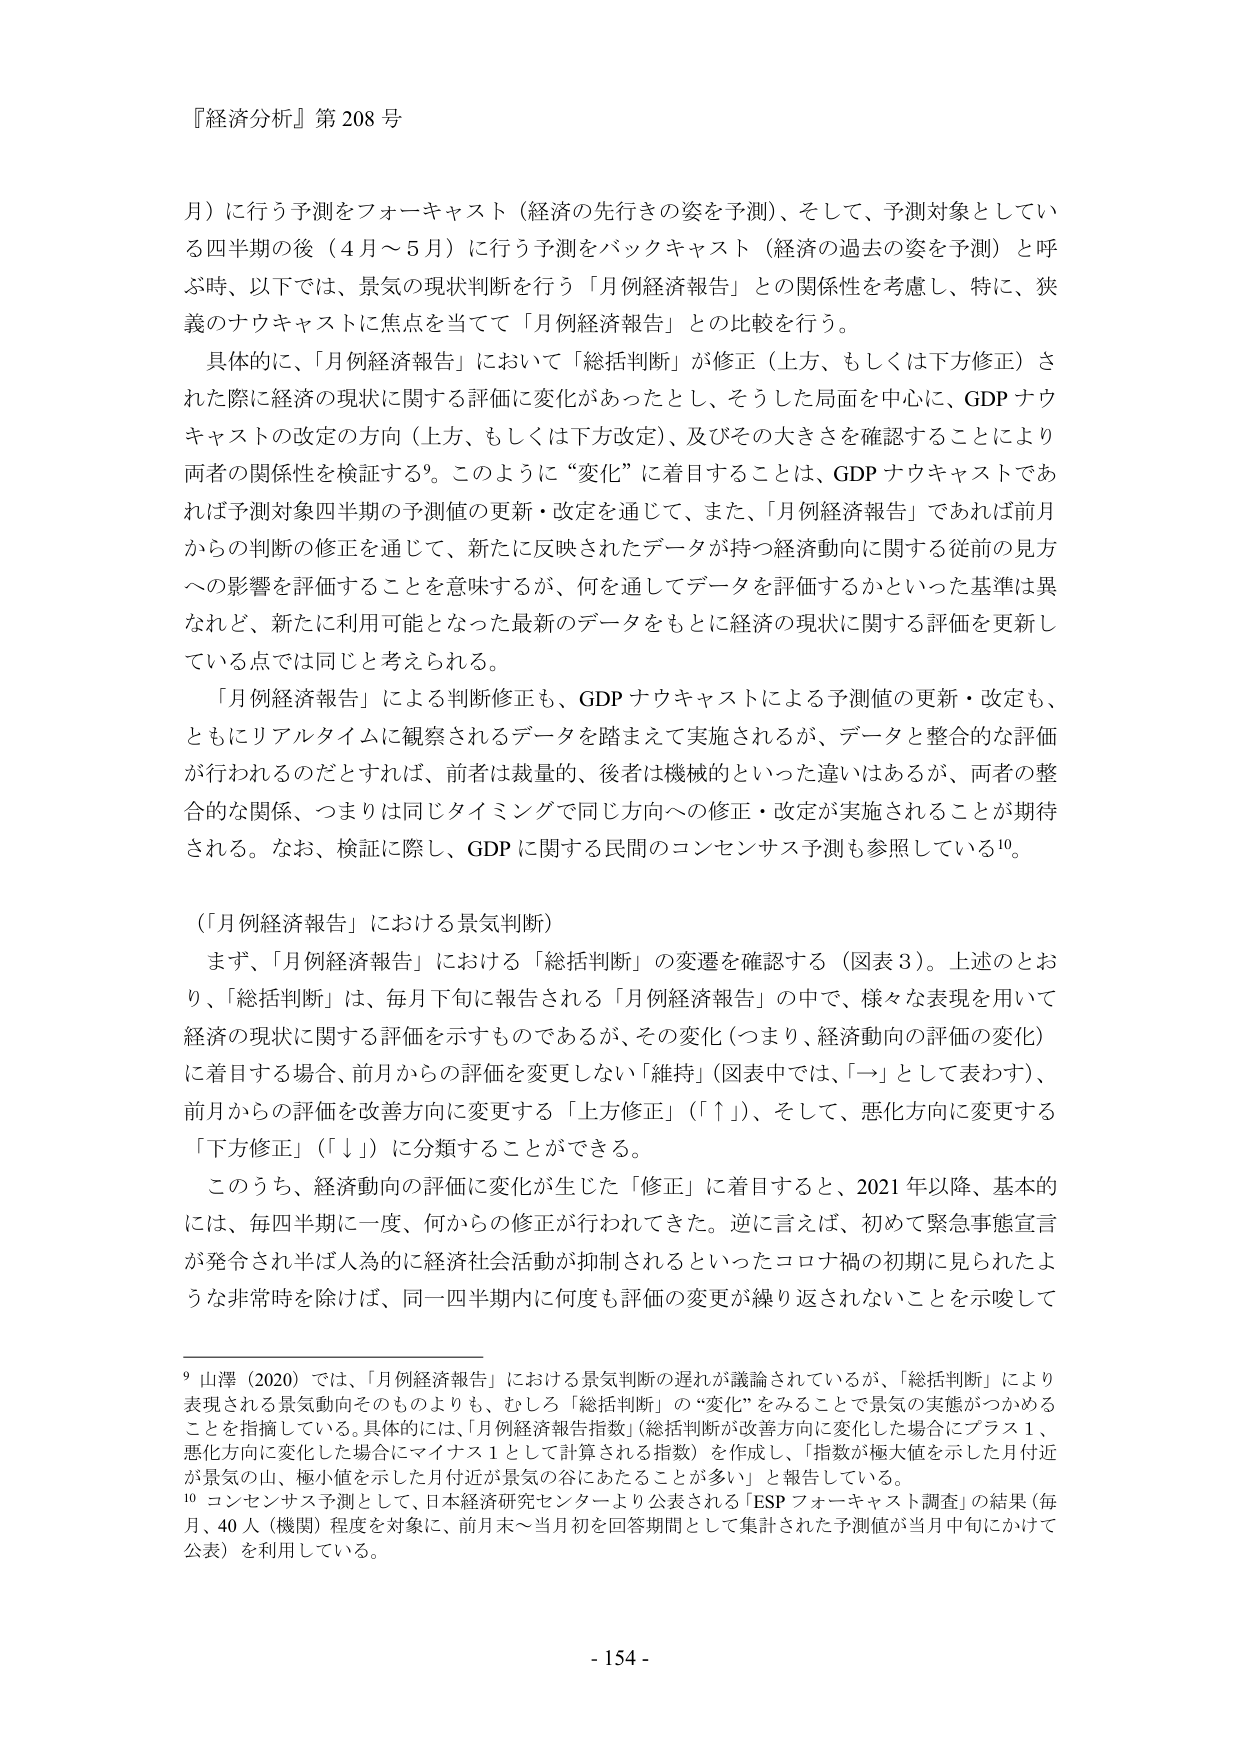
『経済分析』第208号

月）に行う予測をフォーキャスト（経済の先行きの姿を予測）、そして、予測対象としている四半期の後（4月～5月）に行う予測をバックキャスト（経済の過去の姿を予測）と呼ぶ時、以下では、景気の現状判断を行う「月例経済報告」との関係性を考慮し、特に、狭義のナウキャストに焦点を当てて「月例経済報告」との比較を行う。

具体的に、「月例経済報告」において「総括判断」が修正（上方、もしくは下方修正）された際に経済の現状に関する評価に変化があったとし、そうした局面を中心に、GDPナウキャストの改定の方向（上方、もしくは下方改定）、及びその大きさを確認することにより両者の関係性を検証する⁹。このように“変化”に着目することは、GDPナウキャストであれば予測対象四半期の予測値の更新・改定を通じて、また、「月例経済報告」であれば前月からの判断の修正を通じて、新たに反映されたデータが持つ経済動向に関する従前の見方への影響を評価することを意味するが、何を通してデータを評価するかといった基準は異なれど、新たに利用可能となった最新のデータをもとに経済の現状に関する評価を更新している点では同じと考えられる。

「月例経済報告」による判断修正も、GDPナウキャストによる予測値の更新・改定も、ともにリアルタイムに観察されるデータを踏まえて実施されるが、データと整合的な評価が行われるのだとすれば、前者は裁量的、後者は機械的といった違いはあるが、両者の整合的な関係、つまりは同じタイミングで同じ方向への修正・改定が実施されることが期待される。なお、検証に際し、GDPに関する民間のコンセンサス予測も参照している¹⁰。

（「月例経済報告」における景気判断）

まず、「月例経済報告」における「総括判断」の変遷を確認する（図表3）。上述のとおり、「総括判断」は、毎月下旬に報告される「月例経済報告」の中で、様々な表現を用いて経済の現状に関する評価を示すものであるが、その変化（つまり、経済動向の評価の変化）に着目する場合、前月からの評価を変更しない「維持」（図表中では、「→」として表わす）、前月からの評価を改善方向に変更する「上方修正」（「↑」）、そして、悪化方向に変更する「下方修正」（「↓」）に分類することができる。

このうち、経済動向の評価に変化が生じた「修正」に着目すると、2021年以降、基本的には、毎四半期に一度、何からの修正が行われてきた。逆に言えば、初めて緊急事態宣言が発令され半ば人為的に経済社会活動が抑制されるといったコロナ禍の初期に見られたような非常時を除けば、同一四半期内に何度も評価の変更が繰り返されないことを示唆して

⁹ 山澤（2020）では、「月例経済報告」における景気判断の遅れが議論されているが、「総括判断」により表現される景気動向そのものよりも、むしろ「総括判断」の“変化”をみることで景気の実態がつかめることを指摘している。具体的には、「月例経済報告指数」（総括判断が改善方向に変化した場合にプラス1、悪化方向に変化した場合にマイナス1として計算される指数）を作成し、「指数が極大値を示した月付近が景気の山、極小値を示した月付近が景気の谷にあたることが多い」と報告している。

¹⁰ コンセンサス予測として、日本経済研究センターより公表される「ESPフォーキャスト調査」の結果（毎月、40人（機関）程度を対象に、前月末～当月初を回答期間として集計された予測値が当月中旬にかけて公表）を利用している。

- 154 -